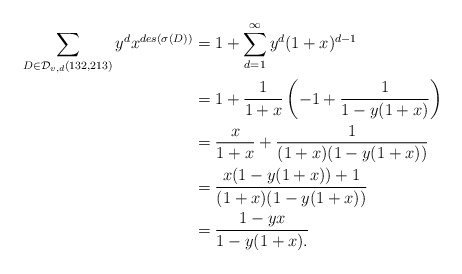
\begin{align*}\sum_{D \in \mathcal{D}_{v,d}(132,213)} y^dx^{des(\sigma(D))} &= 1 + \sum\limits_{d=1}^\infty y^d(1+x)^{d-1}\\&= 1 + \frac{1}{1+x}\left( -1 + \frac{1}{1-y(1+x)}\right)\\&= \frac{x}{1+x} + \frac{1}{(1+x)(1-y(1+x))}\\&= \frac{x(1-y(1+x))+1}{(1+x)(1-y(1+x))}\\&= \frac{1-yx}{1-y(1+x).}\end{align*}